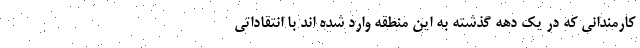
کارمندانی که در یک دهه گذشته به این منطقه وارد شده اند با انتقاداتی